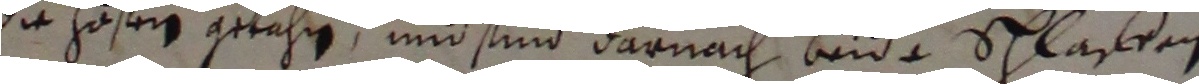
die hosteg getahren und sind darnach beide schlaffen